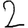
Digit: 2